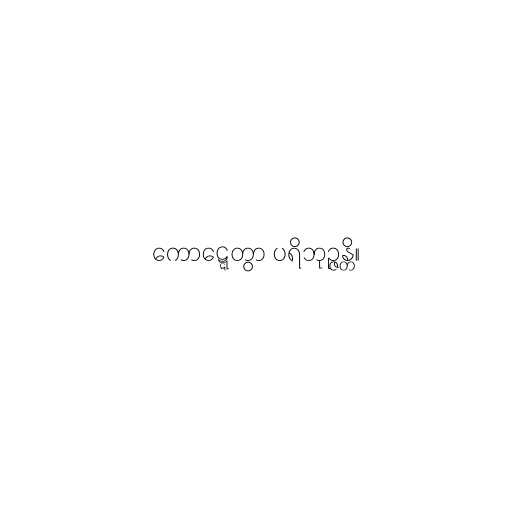
ကောဋ္ဋေတွာ ပရိဘုဉ္ဇန္တိ။